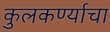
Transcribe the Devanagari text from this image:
कुलकर्ण्याचा